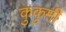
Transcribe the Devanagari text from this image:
कुंकुमी